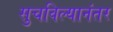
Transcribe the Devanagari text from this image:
सुचविल्यानंतर